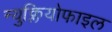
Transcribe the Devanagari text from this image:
न्युक्लियोफाइल